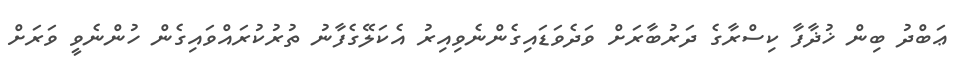
ޢަބްދު ބިން ޚުޛާފާ ކިސްރާގެ ދަރުބާރަށް ވަދެވަޑައިގެންނެވިއިރު އެކަލޭގެފާނު ތުރުކުރައްވައިގެން ހުންނެވީ ވަރަށް